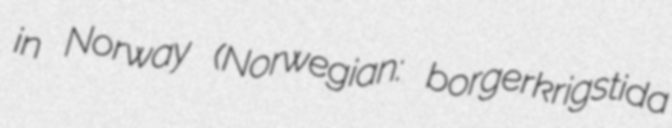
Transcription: in Norway (Norwegian: borgerkrigstida